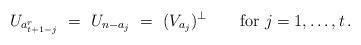
LaTeX: \begin{align*} U_{a^r_{t+1-j}}\ =\ U_{n-a_j}\ =\ (V_{a_j})^\perp \qquad\mbox{for } j=1,\dotsc,t\,.\end{align*}